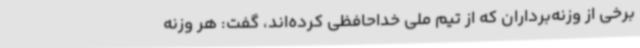
برخی از وزنه‌برداران که از تیم ملی خداحافظی کرده‌اند، گفت: هر وزنه